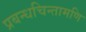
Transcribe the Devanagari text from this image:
प्रबन्धचिन्तामणि